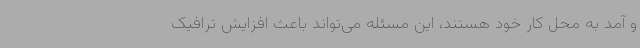
و آمد به محل کار خود هستند، این مسئله می‌تواند باعث افزایش ترافیک